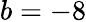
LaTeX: b=-8